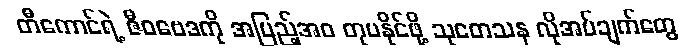
တီကောင်ရဲ့ ဇီဝဗေဒကို အပြည့်အဝ တုပနိုင်ဖို့ သုတေသန လိုအပ်ချက်တွေ